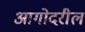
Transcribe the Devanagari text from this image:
आगोदरील